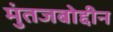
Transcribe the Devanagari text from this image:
मुंतजबोद्दीन